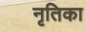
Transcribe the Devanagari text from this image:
नृतिका